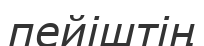
пейіштің